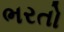
ભરતો